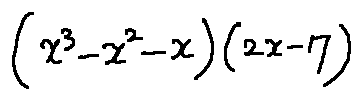
( x ^ { 3 } - x ^ { 2 } - x ) ( 2 x - 7 )